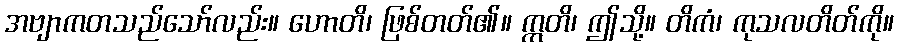
အဗျာကတသည်သော်လည်း။ ဟောတိ၊ ဖြစ်တတ်၏။ ဣတိ၊ ဤသို့။ တိကံ၊ ကုသလတိတ်ကို။